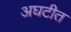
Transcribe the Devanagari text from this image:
अघटीत